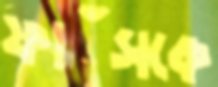
ফাঁসকে